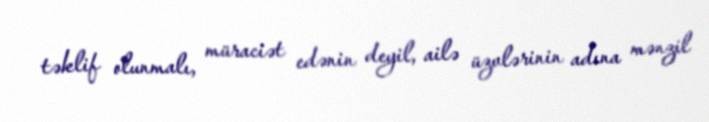
təklif olunmalı, müraciət edənin deyil, ailə üzvlərinin adına mənzil